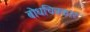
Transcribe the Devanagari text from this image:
बोधचित्रकार